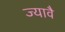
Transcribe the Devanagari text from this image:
ज्यावै